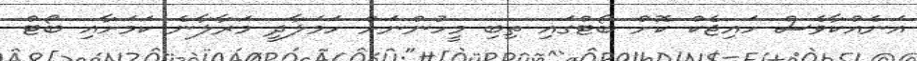
އަނެއްކާވެސް ހައިޖެކް ކޮށް ބޯޓްގައި ތިބި މީހުންނަށް ހަމަލާދީ މަރާލާނެ ކަަމަށާއި ބޯޓް